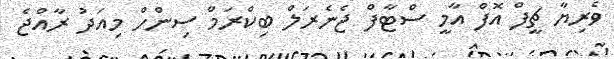
ވެރިޔާ ޗީފް އޮފް އާމީ ސްޓާފް ޖެނެރަލް ބިކްރަމް ސިންހް މިއަދު ރާއްޖެ